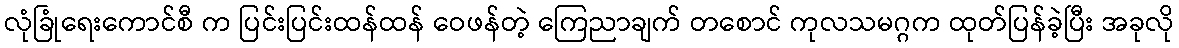
လုံခြုံရေးကောင်စီ က ပြင်းပြင်းထန်ထန် ဝေဖန်တဲ့ ကြေညာချက် တစောင် ကုလသမဂ္ဂက ထုတ်ပြန်ခဲ့ပြီး အခုလို